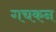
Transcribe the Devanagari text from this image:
गचकन